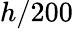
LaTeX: h/200